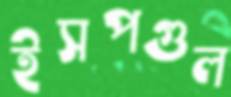
ইসপগুল